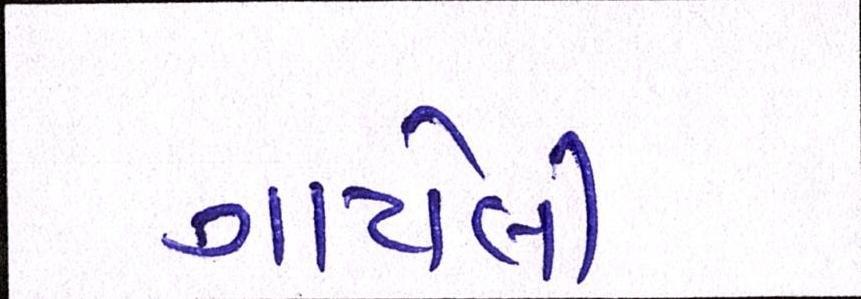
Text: ગાયેલી